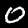
Digit: 0